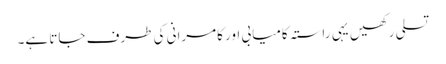
تسلی رکھیں یہی راستہ کامیابی اور کامرانی کی طرف جاتا ہے۔